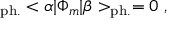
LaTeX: _ { \mathrm { p h . } } < \alpha | \Phi _ { m } | \beta > _ { \mathrm { p h . } } = 0 ~ ,